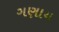
ગણાય